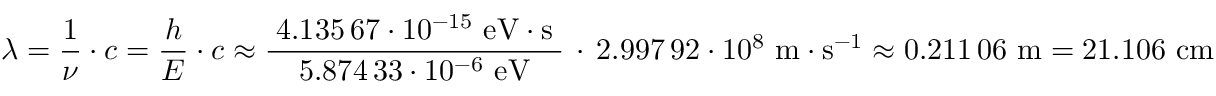
\lambda = { \frac { 1 } { \nu } } \cdot c = { \frac { h } { E } } \cdot c \approx { \frac { \; 4 . 1 3 5 \, 6 7 \cdot 1 0 ^ { - 1 5 } \ \mathrm { e V } \cdot { \mathrm { s } } \; } { 5 . 8 7 4 \, 3 3 \cdot 1 0 ^ { - 6 } \ \mathrm { e V } } } \, \cdot \, 2 . 9 9 7 \, 9 2 \cdot 1 0 ^ { 8 } \ \mathrm { m } \cdot \mathrm { s } ^ { - 1 } \approx 0 . 2 1 1 \, 0 6 \ \mathrm { m } = 2 1 . 1 0 6 \ \mathrm { c m }